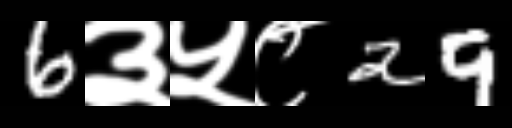
Text: 6३५८29